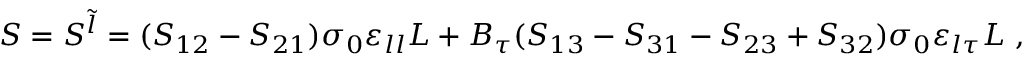
S = S ^ { \tilde { l } } = ( S _ { 1 2 } - S _ { 2 1 } ) \sigma _ { 0 } \varepsilon _ { l l } L + B _ { \tau } ( S _ { 1 3 } - S _ { 3 1 } - S _ { 2 3 } + S _ { 3 2 } ) \sigma _ { 0 } \varepsilon _ { l \tau } L \ ,